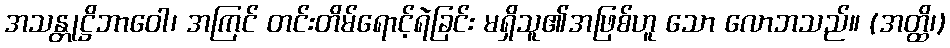
အသန္တုဋ္ဌိဘာဝေါ၊ အကြင် တင်းတိမ်ရောင့်ရဲခြင်း မရှိသူ၏အဖြစ်ဟူ သော လောဘသည်။ (အတ္ထိ၊)